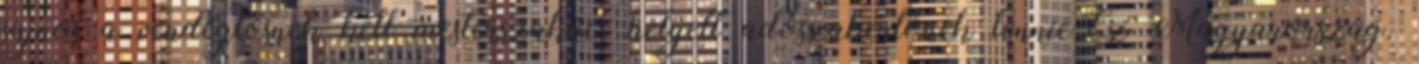
sajnos a vendéglősnek kell mesterszakács helyett adószakértőnek lennie.Ez Magyarország.